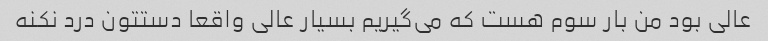
عالی بود من بار سوم هست که می‌گیریم بسیار عالی واقعا دستتون درد نکنه